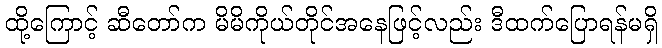
ထို့ကြောင့် ဆီတော်က မိမိကိုယ်တိုင်အနေဖြင့်လည်း ဒီထက်ပြောရန်မရှိ